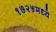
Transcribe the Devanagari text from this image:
१७२५मध्ये